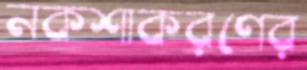
নকশাকরণের